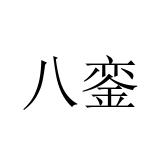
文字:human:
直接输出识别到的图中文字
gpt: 八銮